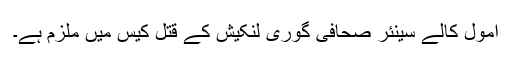
امول کالے سینئر صحافی گوری لنکیش کے قتل کیس میں ملزم ہے۔